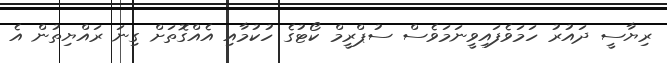
ރިޔާސީ ދައުރު ހަމަވެފައިވީނަމަވެސް ސުޕްރީމް ކޯޓުގެ ހުކުމާއި އެއްގޮތަށް ގިނަ ރައްޔިތުން އެ